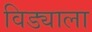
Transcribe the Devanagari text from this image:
विड्याला